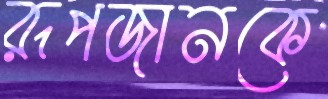
রূপজানকে